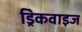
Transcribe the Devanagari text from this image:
ड्रिंकवाइज